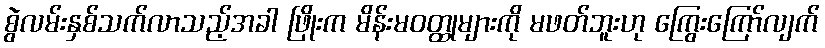
စွဲလမ်းနှစ်သက်လာသည့်အခါ ဖြိုးက မိန်းမဝတ္ထုများကို မဖတ်ဘူးဟု ကြွေးကြော်လျက်